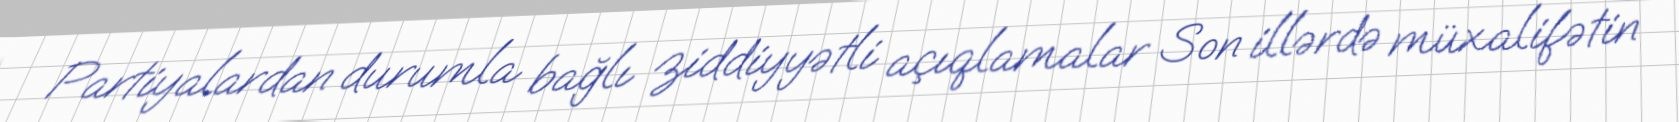
Partiyalardan durumla bağlı ziddiyyətli açıqlamalar Son illərdə müxalifətin